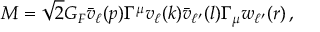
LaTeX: M = \sqrt { 2 } G _ { F } \bar { v } _ { \ell } ( p ) \Gamma ^ { \mu } { v } _ { \ell } ( k ) \bar { v } _ { \ell ^ { \prime } } ( l ) \Gamma _ { \mu } { w } _ { \ell ^ { \prime } } ( r ) \, ,